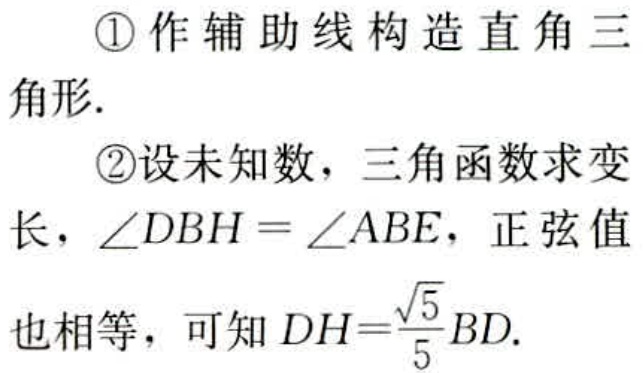
\textcircled{1}作辅助线构造直角三角形.

\textcircled{2}设未知数，三角函数求变长，\(\angle DBH = \angle ABE\)，正弦值也相等，可知\(DH=\frac{\sqrt{5}}{5}BD\).